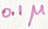
Text: 0.1µ